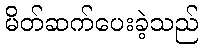
မိတ်ဆက်ပေးခဲ့သည်